Lunatic asylums Madras 1877-1891 - 1877-1891
Year: 1877
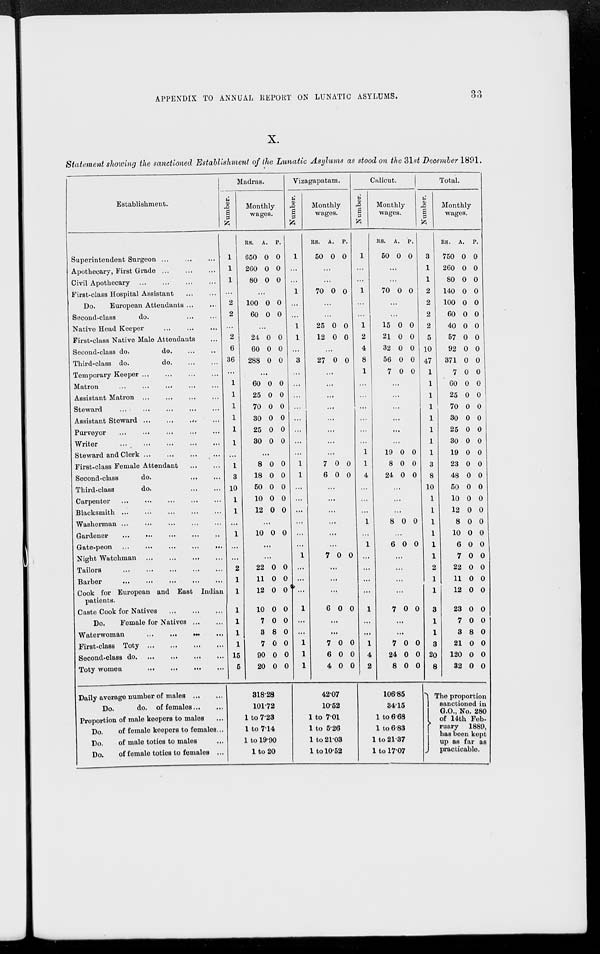
APPENDIX TO ANNUAL REPORT ON LUNATIC ASYLUMS.
33
X.
Statement showing the sanctioned Establishment of the Lunatic Asylums as stood on the 31st December 1891.
Establishment.
Superintendent Surgeon ... ... ...
Apothecary, First Grade ... ... ...
Civil Apothecary... ... ... ...
First-class Hospital Assistant... ...
Do.
European Attendants... ...
Second-class do.... ...
Native Head Keeper ... ... ...
First-class Native Male Attendants...
Second-class do.
do. ... ...
Third-class do.
do. ... ...
Temporary
Keeper...
...
...
...
Matron... ... ... ... ...
Assistant
Matron...
...
...
...
Steward... ... ... ... ...
Assistant Steward ... ... ... ...
Purveyor... ... ... ... ...
Writer... ... ... ... ...
Steward and Clerk...
...
...
...
First-class Female Attendant ... ...
Second-class
do. ... ...
Third-class
do. ... ...
Carpenter ... ... ... ...
Blacksmith ... ... ... ...
Washerman ... ... ... ...
Gardener ... ... ... ...
Gate-peon
...
...
...
...
...
Night Watchman... ... ... ...
Tailors ... ... ... ... ...
Barber ... ... ... ... ...
Cook for European and East Indian
patients.
Caste Cook for Natives ... ... ...
Do.
Female for Natives... ...
Waterwoman
...
... ... ...
First-class
Toty... ... ... ...
Second-class
do...
...
...
...
Toty women
...
...
...
...
Daily average number of males ... ...
Do.
do. of females...
...
Proportion of male keepers to males...
Do.
of female keepers to females...
Do.
of male toties to males ...
Do.
of female toties to females ...
Madras.
Number.
1
1
1
...
2
2
...
2
6
36
...
1
1
1
1
1
1
...
1
3
10
1
1
...
1
...
...
2
1
1
1
1
1
1
15
5
Monthly
wages.
RS.
650
260
80
A.
0
0
0
P.
0
0
0
...
100
60
0
0
0
0
...
24
60
288
0
0
0
0
0
0
...
60
25
70
30
25
30
8
18
50
10
12
0
0
0
0
0
0
...
0
0
0
0
0
0
0
0
0
0
0
0
0
0
0
0
...
10 0 0
...
...
22
11
12
10
7
3
7
90
20
0
0
0
0
0
8
0
0
0
0
0
0
0
0
0
0
0
0
318.28
101.72
1 to 7.23
1 to 7.14
1 to 19.90
l to 20
Vizagapatam.
Number.
1
...
...
1
...
...
1
1
...
3
...
...
...
...
...
...
...
...
1
1
...
...
...
...
...
...
1
...
...
...
1
...
...
1
1
1
Monthly
wages.
RS.
50
A.
0
P.
0
...
...
70 0 0
...
...
25
12
27
0
0
..
0
0
0
0
...
...
...
...
...
...
...
...
7
6
0
0
0
0
...
...
...
...
...
...
7 0 0
...
...
...
6 0 0
...
...
1
6
4
0
0
0
0
0
0
42.07
10.52
1 to 7.01
1 to 5.26
1 to 21.03
1 to 10.52
Calicut.
Number.
1
...
...
1
...
...
1
2
4
8
1
...
...
...
...
...
1
1
4
...
...
...
1
...
1
...
...
...
...
1
...
...
1
4
2
Monthly
wages.
RS.
50
A.
0
P.
0
...
...
70 0 0
...
...
15
21
32
56
7
0
0
0
0
0
0
0
0
0
0
...
...
...
...
...
...
19
8
24
0
0
0
0
0
0
...
...
...
8 0 0
...
6 0 0
...
...
...
...
7 0 0
...
...
7
24
8
0
0
0
0
0
0
106.85
34.15
1 to 6.68
1 to 6.83
1 to 21.37
1 to 17.07
Total.
Number.
3
1
1
2
2
2
2
5
10
47
1
1
1
1
1
1
1
1
3
8
10
1
1
1
1
1
1
2
1
1
3
1
1
3
20
8
Monthly
wages.
RS.
750
260
80
140
100
60
40
57
92
371
7
60
25
70
30
25
30
19
23
48
50
10
12
8
10
6
7
22
11
12
23
7
3
21
120
32
A.
0
0
0
0
0
0
0
0
0
0
0
0
0
0
0
0
0
0
0
0
0
0
0
0
0
0
0
0
0
0
0
0
8
0
0
0
P.
0
0
0
0
0
0
0
0
0
0
0
0
0
0
0
0
0
0
0
0
0
0
0
0
0
0
0
0
0
0
0
0
0
0
0
0
The proportion
sanctioned in
G.O., No. 280
of 14th Feb¬
ruary 1889,
has been kept
up as far as
practicable.